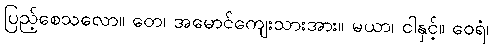
ပြည့်စေသလော။ တေ၊ အမောင်ကျေးသားအား။ မယာ၊ ငါနှင့်။ ဝေရံ၊